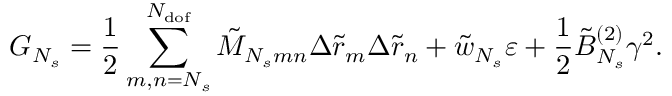
G _ { N _ { s } } = \frac { 1 } { 2 } \sum _ { m , n = N _ { s } } ^ { N _ { \mathrm { d o f } } } { \tilde { M } _ { N _ { s } m n } \Delta \tilde { r } _ { m } \Delta \tilde { r } _ { n } } + \tilde { w } _ { N _ { s } } \varepsilon + \frac { 1 } { 2 } \tilde { B } _ { N _ { s } } ^ { ( 2 ) } \gamma ^ { 2 } .